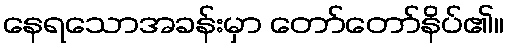
နေရသောအခန်းမှာ တော်တော်နိပ်၏။